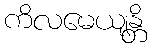
ကိလမေယျန္တိ